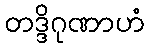
တဒ္ဒိဂုဏာဟံ